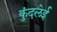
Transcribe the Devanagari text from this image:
कुंदलेई